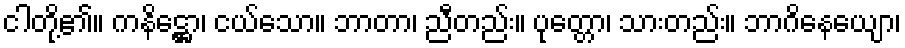
ငါတို့၏။ ကနိဋ္ဌော၊ ငယ်သော။ ဘာတာ၊ ညီတည်း။ ပုတ္တော၊ သားတည်း။ ဘာဂိနေယျော၊